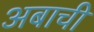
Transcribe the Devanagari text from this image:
अबाची